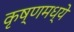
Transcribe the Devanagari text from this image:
कृष्णमध्ये